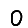
Digit: 0